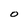
Character: O